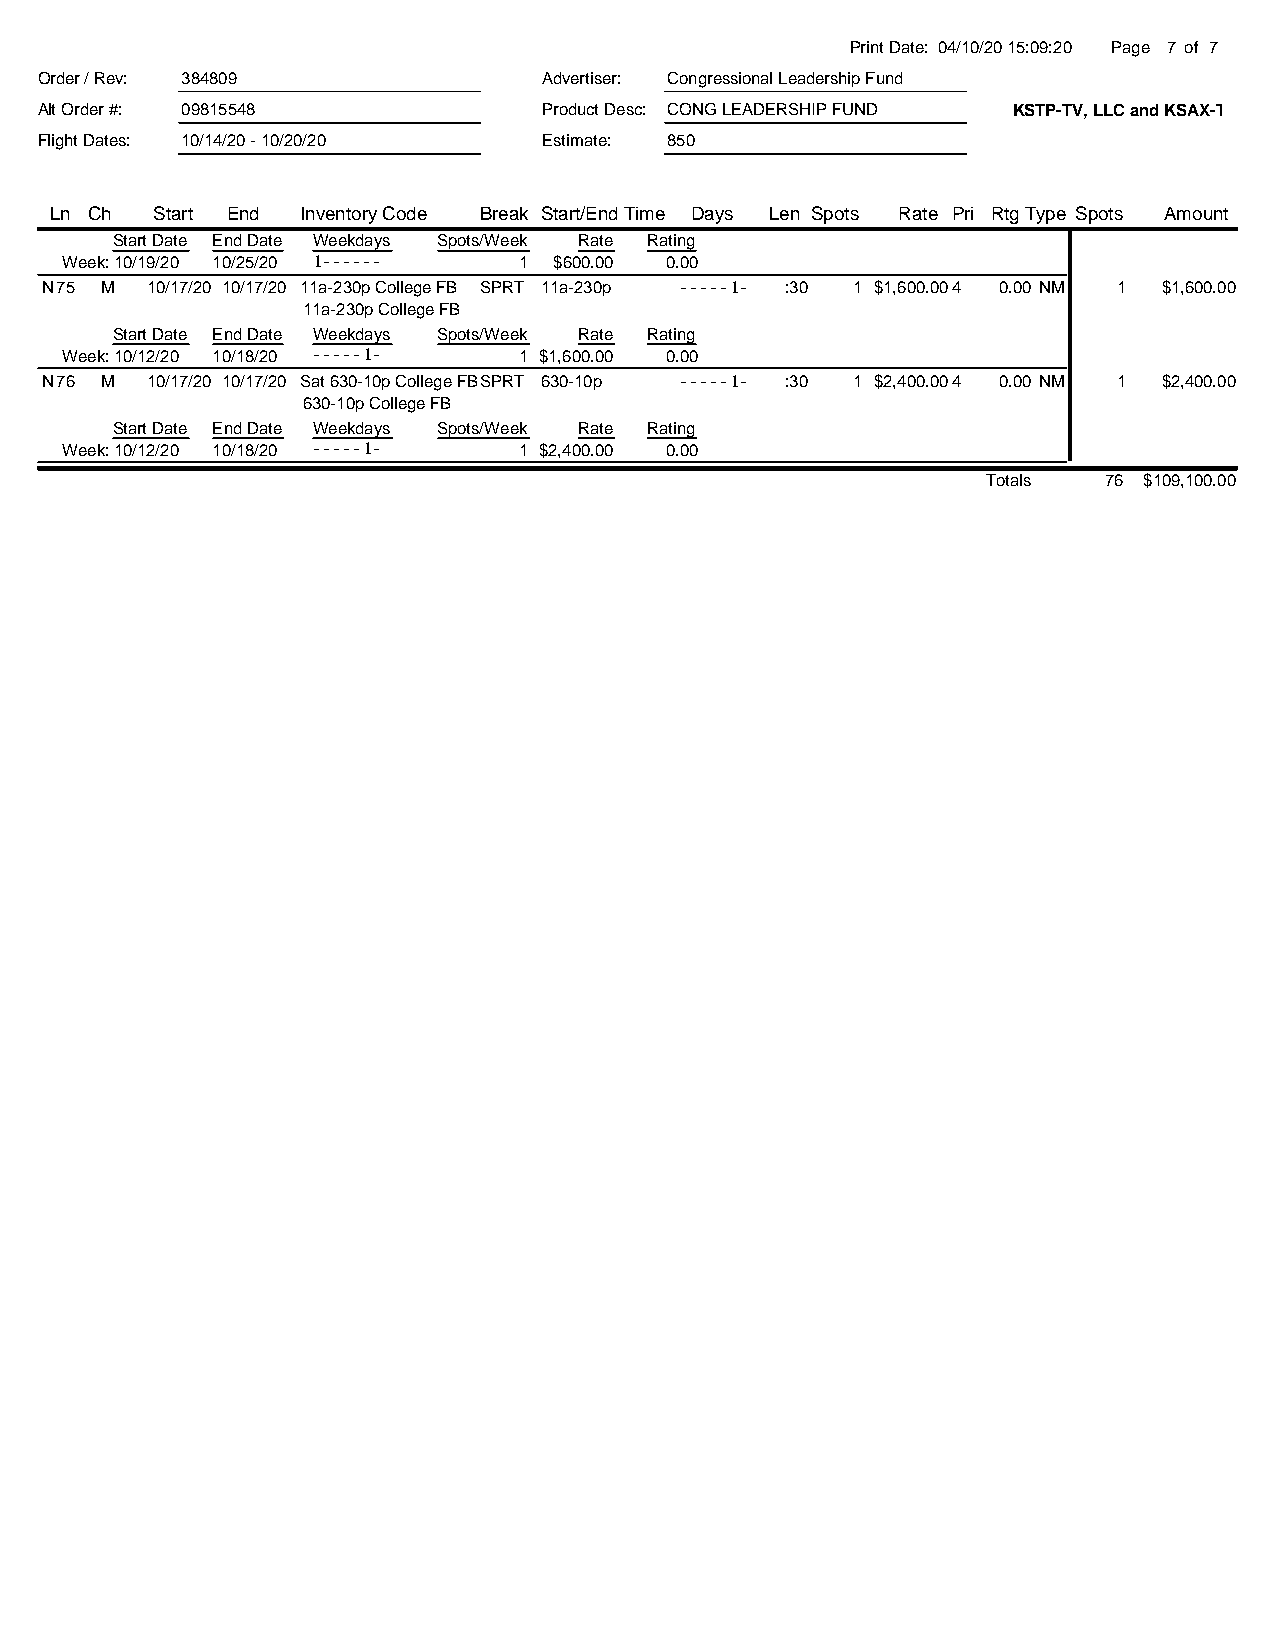
Print Date: 04/10/20 15:09:20 Page 7 of 7
 Order / Rev: 384809               Advertiser: Congressional Leadership Fund
 Alt Order #: 09815548             Product Desc: CONG LEADERSHIP FUND KSTP-TV, LLC and KSAX-TV, LLC
 Flight Dates: 10/14/20 - 10/20/20 Estimate: 850
 Ln Ch  Start End Inventory Code Break Start/End Time Days Len Spots Rate Pri RtgType Spots Amount
 Start Date End Date Weekdays Spots/Week Rate Rating
 Week: 10/19/20 10/25/20 1------ 1 $600.00 0.00
 N75 M  10/17/20 10/17/20 11a-230p College FB SPRT 11a-230p -----1- :30 1 $1,600.004 0.00 NM 1 $1,600.00
 11a-230p College FB
 Start Date End Date Weekdays Spots/Week Rate Rating
 Week: 10/12/20 10/18/20 -----1- 1 $1,600.00 0.00
 N76 M  10/17/20 10/17/20 Sat 630-10p College FBSPRT 630-10p -----1- :30 1 $2,400.004 0.00 NM 1 $2,400.00
 630-10p College FB
 Start Date End Date Weekdays Spots/Week Rate Rating
 Week: 10/12/20 10/18/20 -----1- 1 $2,400.00 0.00
 Totals  76 $109,100.00